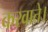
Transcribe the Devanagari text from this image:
करवाते।